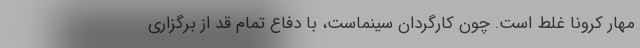
مهار کرونا غلط است. چون کارگردان سینماست، با دفاع تمام قد از برگزاری